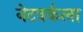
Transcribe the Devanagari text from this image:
नेटवर्कला